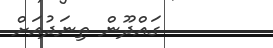
ގައްދޫން ތިނަދުއަށް